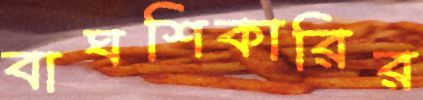
বাঘশিকারির